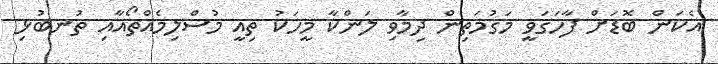
އެކަން ބޮޑަށް ފާހަގަވީ މަގުމަތިން ދިމާވި ލަންކާ މީހަކު ތިއީ މުސްލިމެއްތޯއާއި ތުނބުޅި